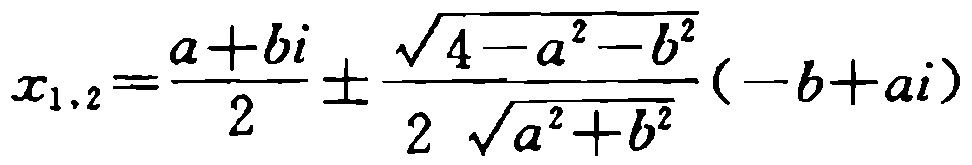
\[x_{1,2}=\frac{a + bi}{2}\pm\frac{\sqrt{4 - a^{2}-b^{2}}}{2\sqrt{a^{2}+b^{2}}}(-b + ai)\]